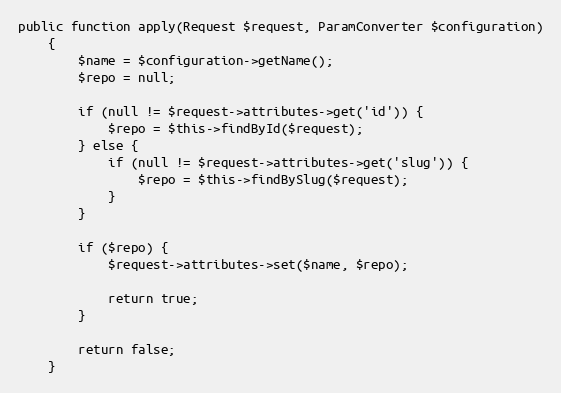
Language: PHP
public function apply(Request $request, ParamConverter $configuration)
    {
        $name = $configuration->getName();
        $repo = null;

        if (null != $request->attributes->get('id')) {
            $repo = $this->findById($request);
        } else {
            if (null != $request->attributes->get('slug')) {
                $repo = $this->findBySlug($request);
            }
        }

        if ($repo) {
            $request->attributes->set($name, $repo);

            return true;
        }

        return false;
    }